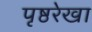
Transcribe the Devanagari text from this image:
पृष्ठरेखा